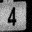
Digit: 4